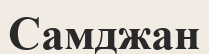
Самджан